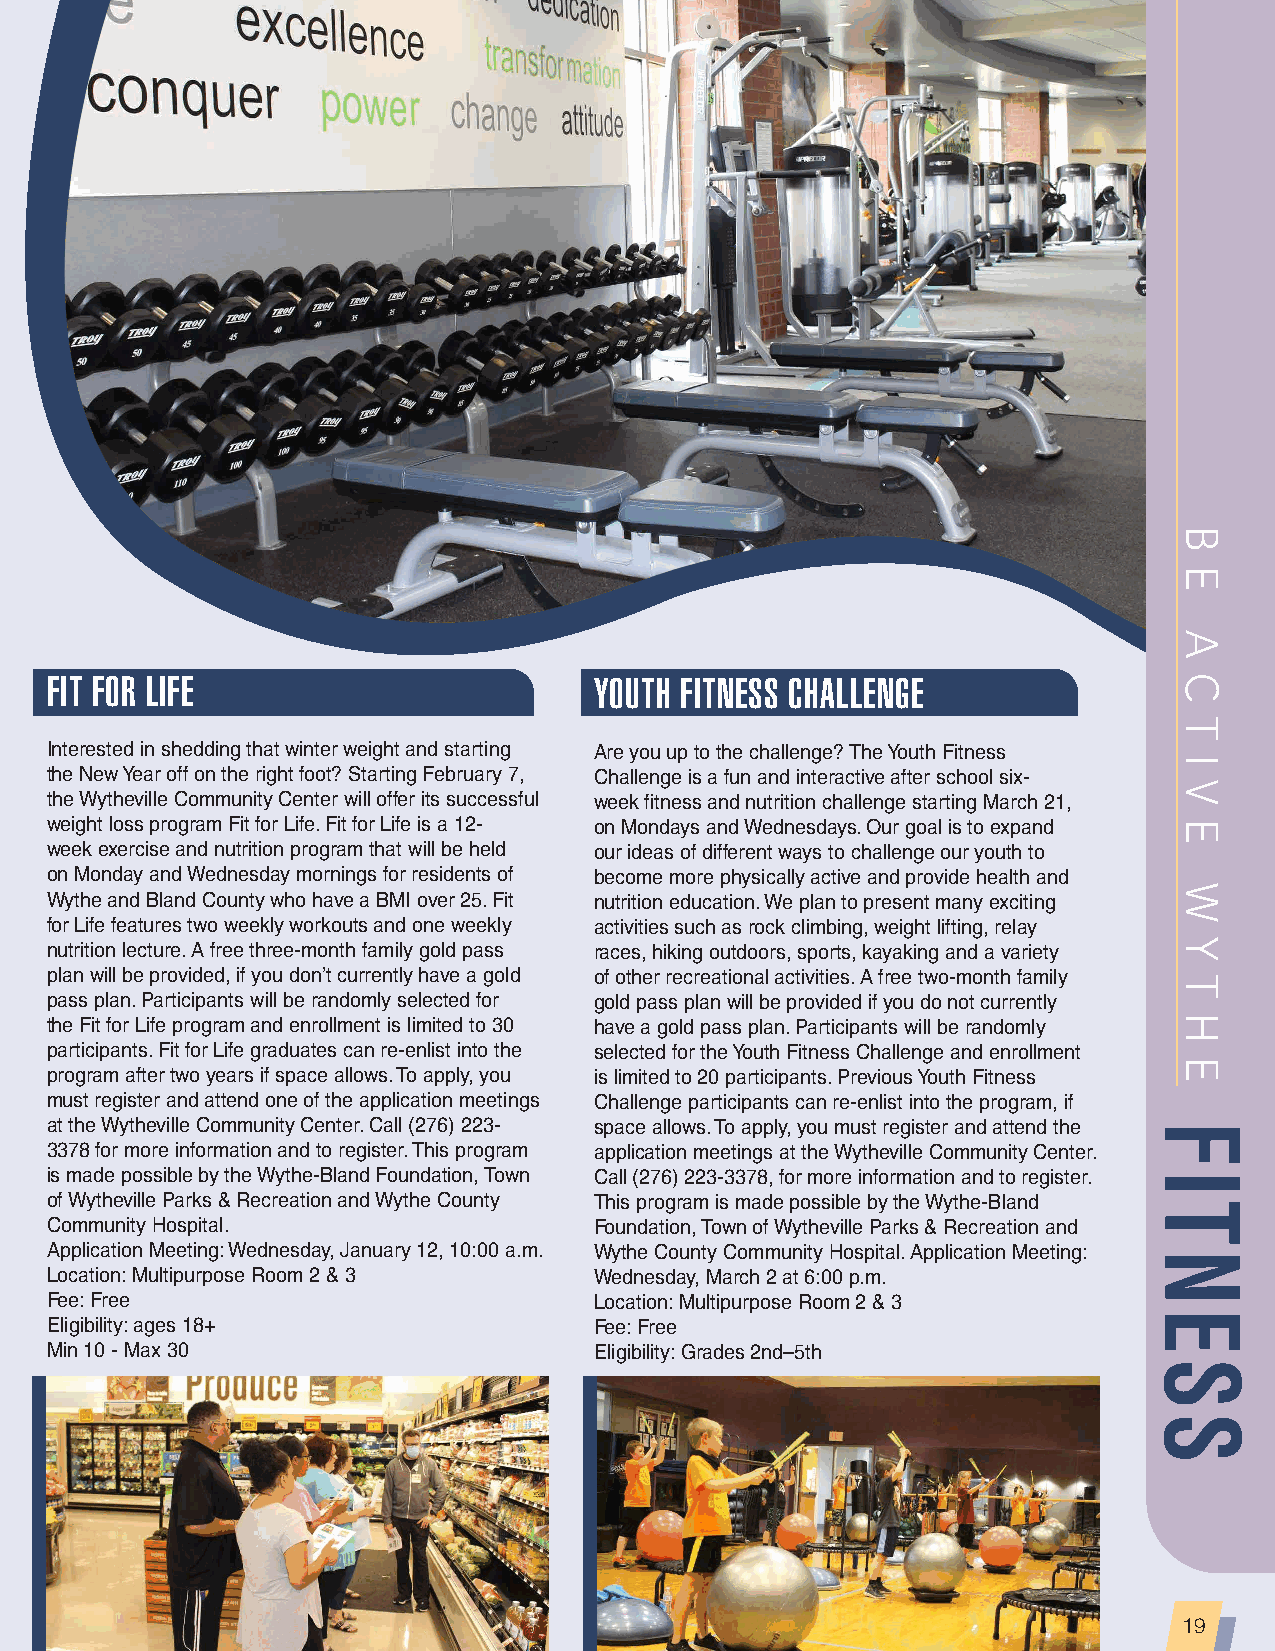
FIT FOR LIFE                        YOUTH FITNESS CHALLENGE
 Interested in shedding that winter weight and starting Are you up to the challenge? The Youth Fitness
 the New Year off on the right foot? Starting February 7, Challenge is a fun and interactive after school six-
 the Wytheville Community Center will offer its successful week fitness and nutrition challenge starting March 21,
 weight loss program Fit for Life. Fit for Life is a 12- on Mondays and Wednesdays. Our goal is to expand
 week exercise and nutrition program that will be held our ideas of different ways to challenge our youth to
 on Monday and Wednesday mornings for residents of become more physically active and provide health and
 Wythe and Bland County who have a BMI over 25. Fit nutrition education. We plan to present many exciting
 for Life features two weekly workouts and one weekly activities such as rock climbing, weight lifting, relay
 nutrition lecture. A free three-month family gold pass races, hiking outdoors, sports, kayaking and a variety
 plan will be provided, if you don’t currently have a gold of other recreational activities. A free two-month family
 pass plan. Participants will be randomly selected for gold pass plan will be provided if you do not currently
 the Fit for Life program and enrollment is limited to 30 have a gold pass plan. Participants will be randomly
 participants. Fit for Life graduates can re-enlist into the selected for the Youth Fitness Challenge and enrollment
 program after two years if space allows. To apply, you is limited to 20 participants. Previous Youth Fitness
 must register and attend one of the application meetings Challenge participants can re-enlist into the program, if
 at the Wytheville Community Center. Call (276) 223- space allows. To apply, you must register and attend the
 3378 for more information and to register. This program application meetings at the Wytheville Community Center.
 is made possible by the Wythe-Bland Foundation, Town Call (276) 223-3378, for more information and to register.
 of Wytheville Parks & Recreation and Wythe County This program is made possible by the Wythe-Bland
 Community Hospital.                 Foundation, Town of Wytheville Parks & Recreation and
 Application Meeting: Wednesday, January 12, 10:00 a.m. Wythe County Community Hospital. Application Meeting:
 Location: Multipurpose Room 2 & 3   Wednesday, March 2 at 6:00 p.m.
 Fee: Free                           Location: Multipurpose Room 2 & 3
 Eligibility: ages 18+               Fee: Free
 Min 10 - Max 30                     Eligibility: Grades 2nd–5th
 19
 FITNESS
 B
 E
 A
 C
 T
 I
 V
 E
 W
 Y
 T
 H
 E